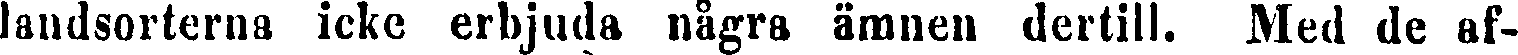
landsorterna icke erbjuda några ämnen dertill. Med de af-